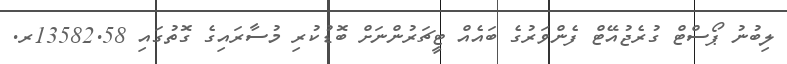
ލިބުނު ޕޯސްޓް ގުރެޖުއޭޓް ފެންވަރުގެ ބައެއް ޓީޗަރުންނަށް ބޮޑުކުރި މުސާރައިގެ ގޮތުގައި 13582.58ރ.